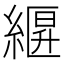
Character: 𦃷